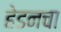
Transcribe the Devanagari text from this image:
हेडनचा